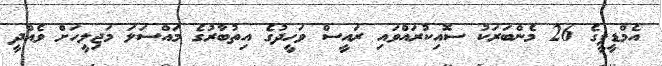
އެމްޑީޕީގެ 26 މެންބަރަކު ސޮއިކުރައްވައި ރައީސް ވަހީދުގެ އިތުބާރުގެ މައްސަލަ މަޖިލީހަށް ވެއްދީ